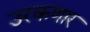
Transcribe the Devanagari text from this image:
उरकणार